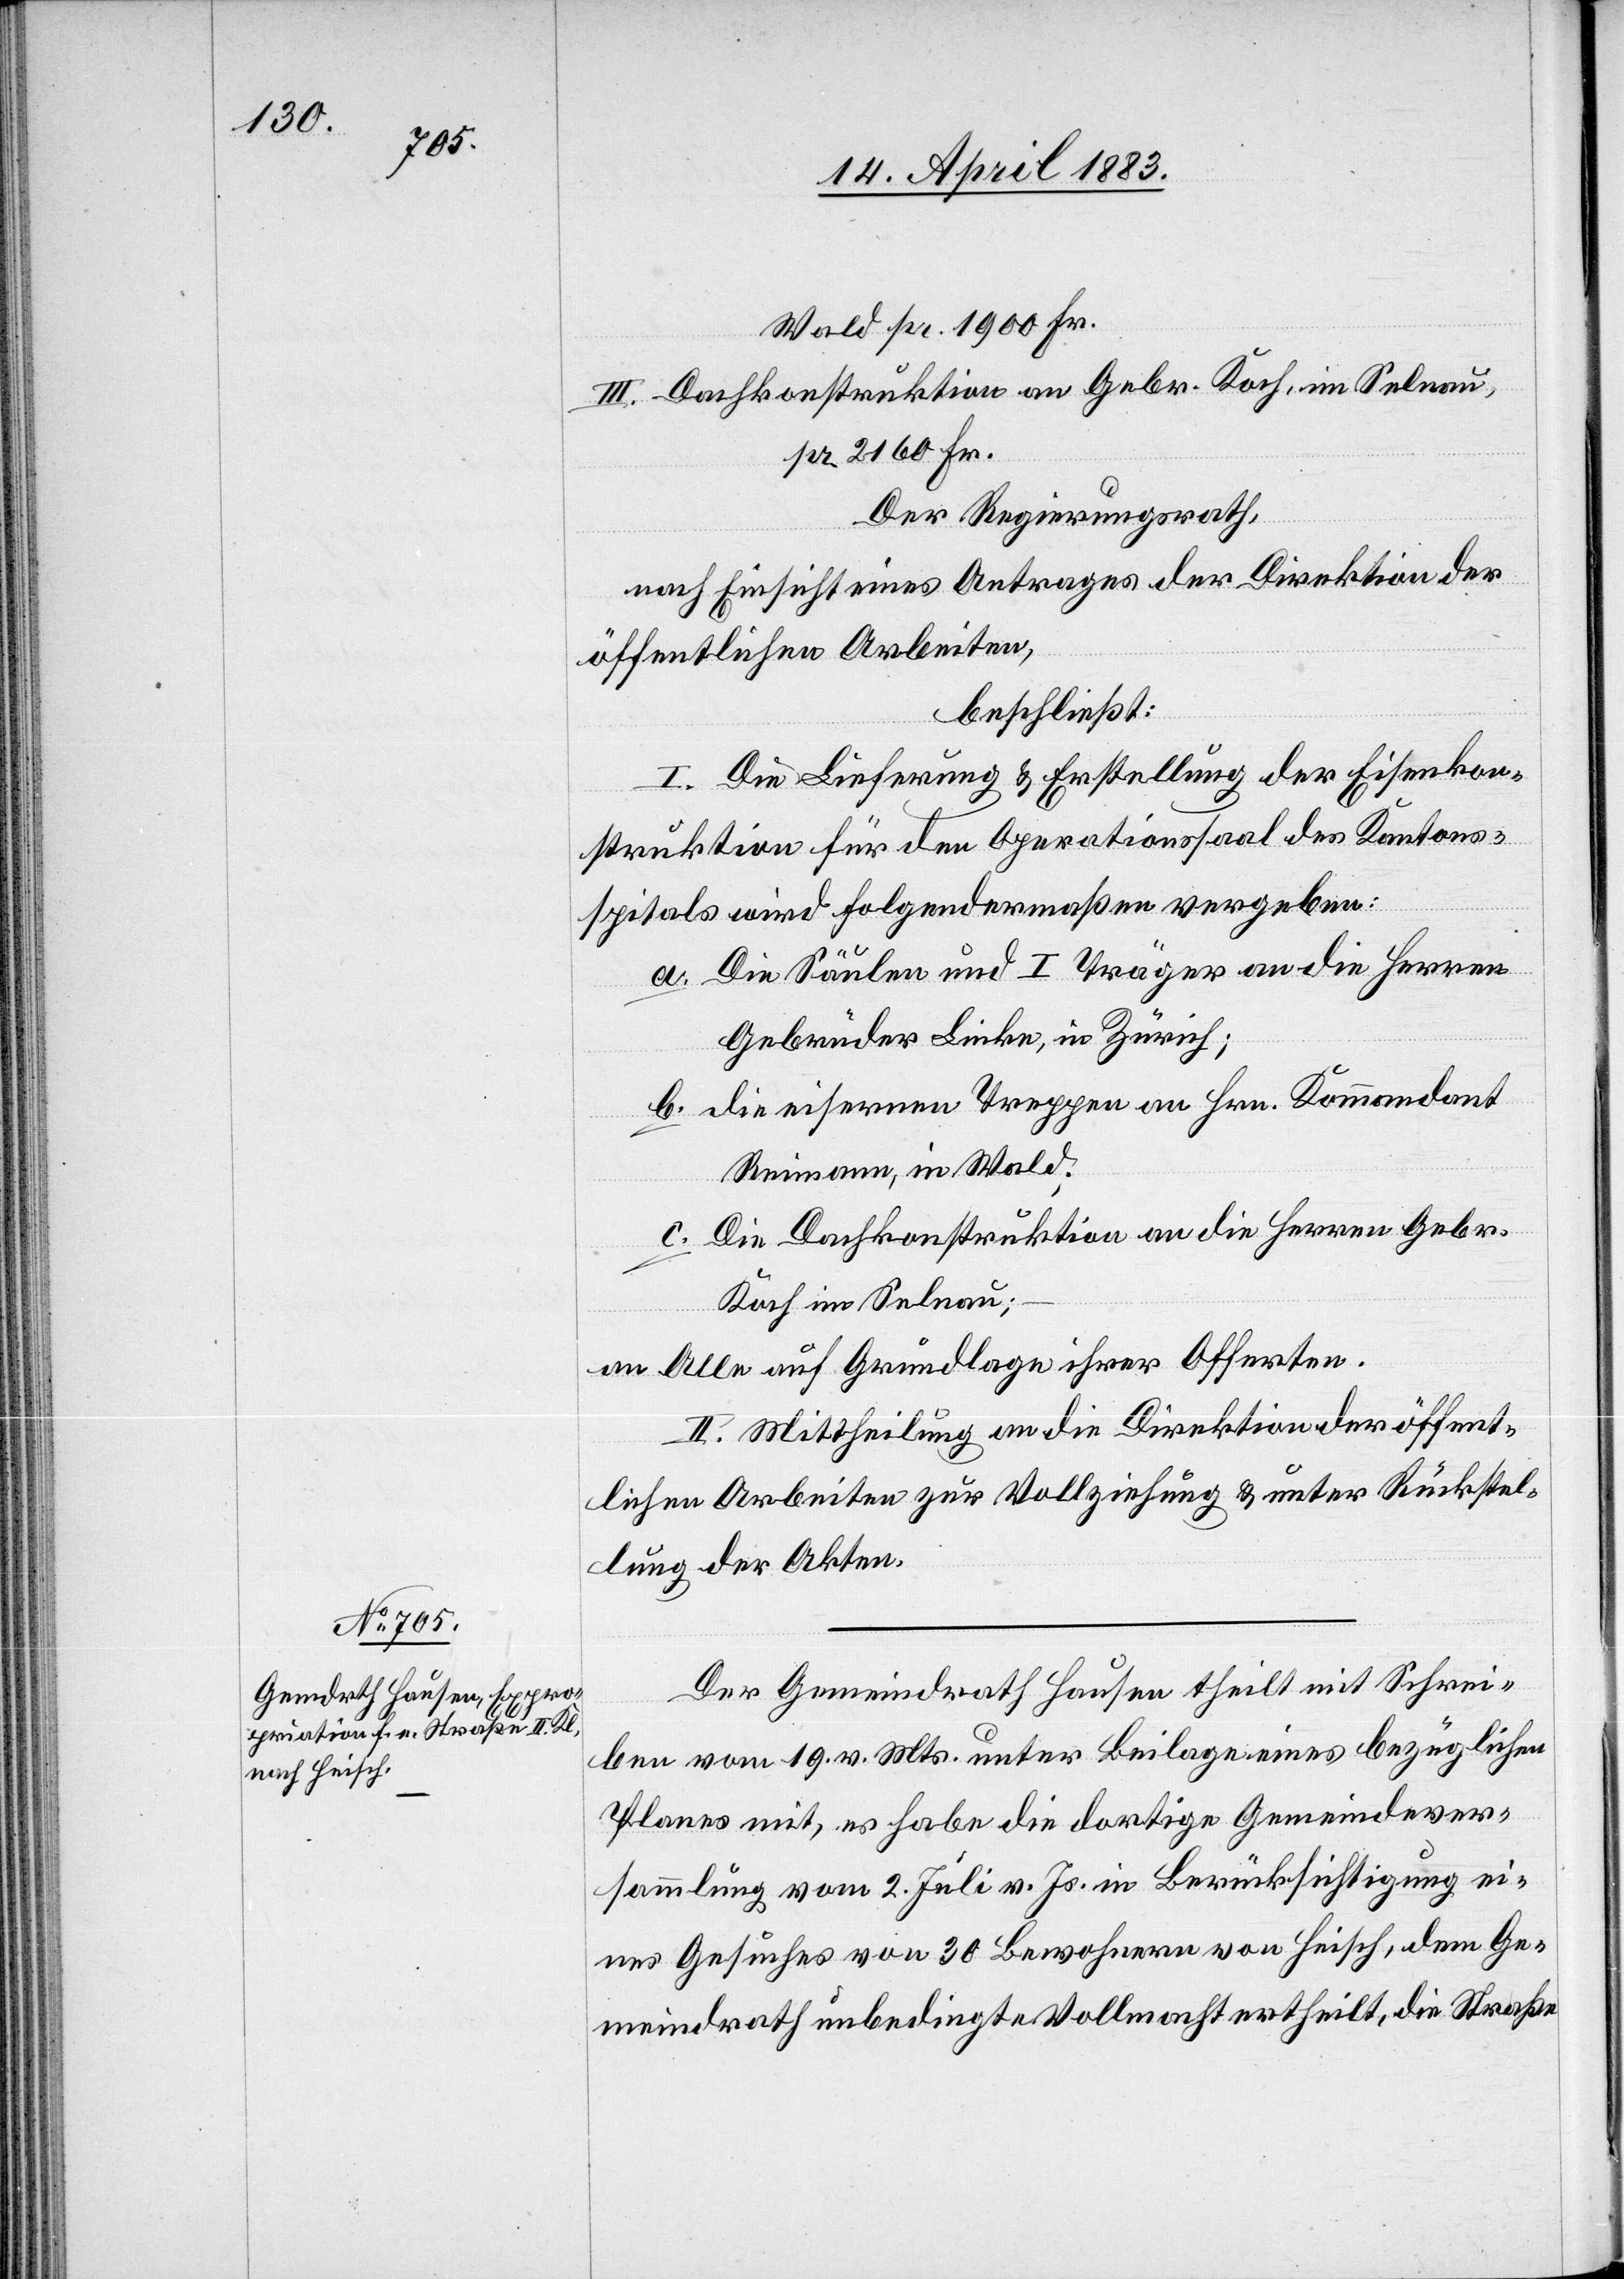
Wald pr. 1900 Fr.
III. Dachkonstruktion an Gebr. Koch, im Selnau,
pr. 2160 Fr.
Der Regierungsrath,
nach Einsicht eines Antrages der Direktion der
öffentlichen Arbeiten,
beschließt:
I. Die Lieferung & Erstellung der Eisenkon¬
struktion für den Operationssaal des Kantons¬
spitals wird folgendermaßen vergeben:
a. Die Säulen und I Träger an die Herren
Gebrüder Linke, in Zürich;
b. die eisernen Treppen an Hrn. Kommandant
Reimann, in Wald;
c. Die Dachkonstruktion an die Herren Gebr.
Koch im Selnau;
an Alle auf Grundlage ihrer Offerten.
II. Mittheilung an die Direktion der öffent¬
lichen Arbeiten zur Vollziehung & unter Rückstel¬
lung der Akten.
Der Gemeindrath Hausen theilt mit Schrei¬
ben vom 19. v. Mts. unter Beilage eines bezüglichen
Planes mit, er habe die dortige Gemeindever¬
sammlung vom 2. Juli v. Js. in Berücksichtigung ei¬
nes Gesuches von 30 Bewohnern von Heisch, dem Ge¬
meindrath unbedingte Vollmacht ertheilt, die Straße